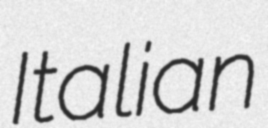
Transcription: Italian